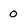
Character: 0